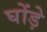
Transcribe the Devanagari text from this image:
घोंड़े